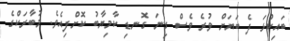
ބައިކުޅަ ދެ ބަޔަށް ވުރެ ވެސް ގިނަ ގޮނޑި ކާމިޔާބު ކޮށްފިއެވެ. މުބާރަކްގެ